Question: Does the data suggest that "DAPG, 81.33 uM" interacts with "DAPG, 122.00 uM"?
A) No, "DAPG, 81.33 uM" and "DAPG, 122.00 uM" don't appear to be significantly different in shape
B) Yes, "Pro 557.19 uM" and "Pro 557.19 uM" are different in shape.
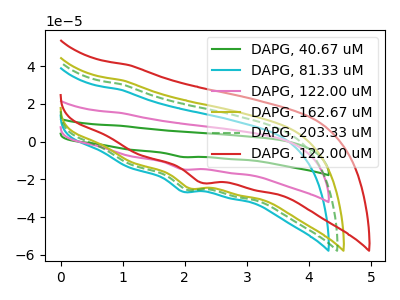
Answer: <think>The green curve "DAPG, 40.67 uM" has a cathodic peak at: (1.95V, -29.30uA). The cyan curve "DAPG, 81.33 uM" has a cathodic peak at: (1.95V, -26.45uA). The pink curve "DAPG, 122.00 uM" has a cathodic peak at: (1.95V, -14.65uA). The olive curve "DAPG, 162.67 uM" has a cathodic peak at: (2.10V, -24.70uA). The green dashed curve "DAPG, 203.33 uM" has a cathodic peak at: (2.05V, -25.45uA). The red curve "DAPG, 122.00 uM" has a cathodic peak at: (2.25V, -21.70uA).
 All the peaks in "DAPG, 81.33 uM" have a peak in "DAPG, 122.00 uM" at the same potential. Every peak in "DAPG, 81.33 uM" is higher than every peak in "DAPG, 122.00 uM".</think>
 <answer>A) No, "DAPG, 81.33 uM" and "DAPG, 122.00 uM" don't appear to be significantly different in shape</answer>
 <eval>A</eval>